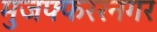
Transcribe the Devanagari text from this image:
मुजफ्फररनगर